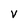
Character: V